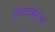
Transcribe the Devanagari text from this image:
इंस्टिट्यूशन्स